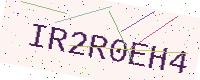
Text: IR2R0EH4